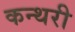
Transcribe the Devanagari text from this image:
कन्थरी